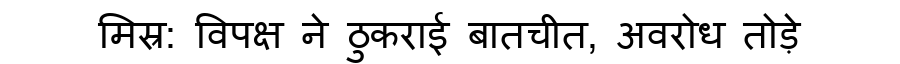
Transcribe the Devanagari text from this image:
मिस्र: विपक्ष ने ठुकराई बातचीत, अवरोध तोड़े